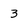
Character: 3